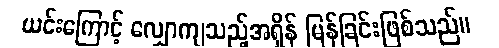
ယင်းကြောင့် လျှောကျသည့်အရှိန် မြန်ခြင်းဖြစ်သည်။